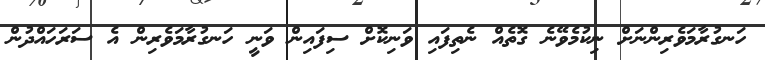
ހަނގުރާމަވެރިންނަށް ނިކުމެވޭނެ ގޮތެއް ނެތިފައި ވަނިކޮށް ސިފައިން ވަނީ ހަނގުރާމަވެރިން އެ ސަރަހައްދުން